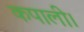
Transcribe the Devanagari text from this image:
कपाली।